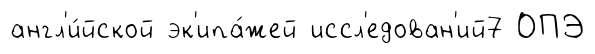
англ'и́йской эк'ипа́жей иссл'едован'ий7 ОПЭ